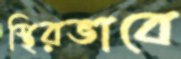
স্থিরভাবে